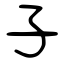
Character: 子